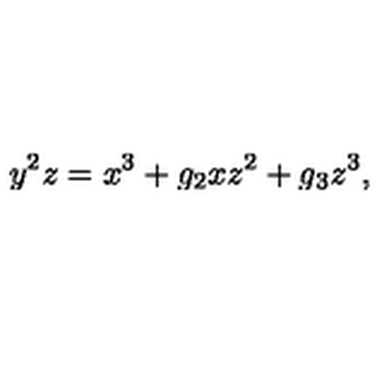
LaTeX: y ^ { 2 } z = x ^ { 3 } + g _ { 2 } x z ^ { 2 } + g _ { 3 } z ^ { 3 } ,